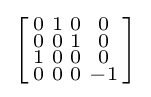
\left[{\begin{smallmatrix}0&1&0&0\\0&0&1&0\\1&0&0&0\\0&0&0&-1\\\end{smallmatrix}}\right]